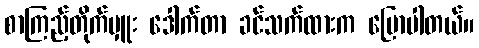
စာကြည့်တိုက်မှူး ဒေါက်တာ ခင်သက်ထားက ပြောပါတယ်။